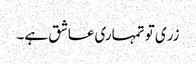
زری تو تمہاری عاشق ہے۔